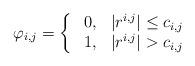
LaTeX: \begin{align*}\varphi_{i,j}=\left\{\ \begin{array}{ll} 0,&|r^{i,j}|\leq c_{i,j}\\1,&|r^{i,j}|> c_{i,j}\end{array}\right.\end{align*}